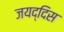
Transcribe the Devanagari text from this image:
जयद्दिस